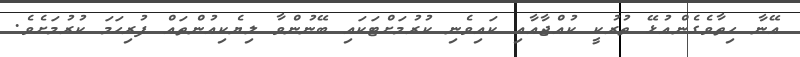
އޭނާ ހިތާވެގެންއުޅޭ ތުރުކީ ކުއްޖާއާއި ކައިވެނި ކުރުމަށްޓަކައި ބޭނުންވާ ލިޔެކިއުންތައް ފުރިހަމަ ކުރުމަށެވެ.